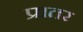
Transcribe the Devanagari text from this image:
प्रातर